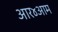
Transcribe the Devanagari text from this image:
आर४आम